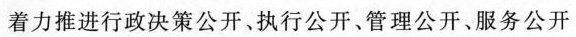
着力推进行政决策公开。执行公开、管理公开、服务公开